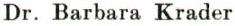
Dr. Barbara Krader